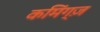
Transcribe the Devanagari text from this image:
कमिंग्ज़